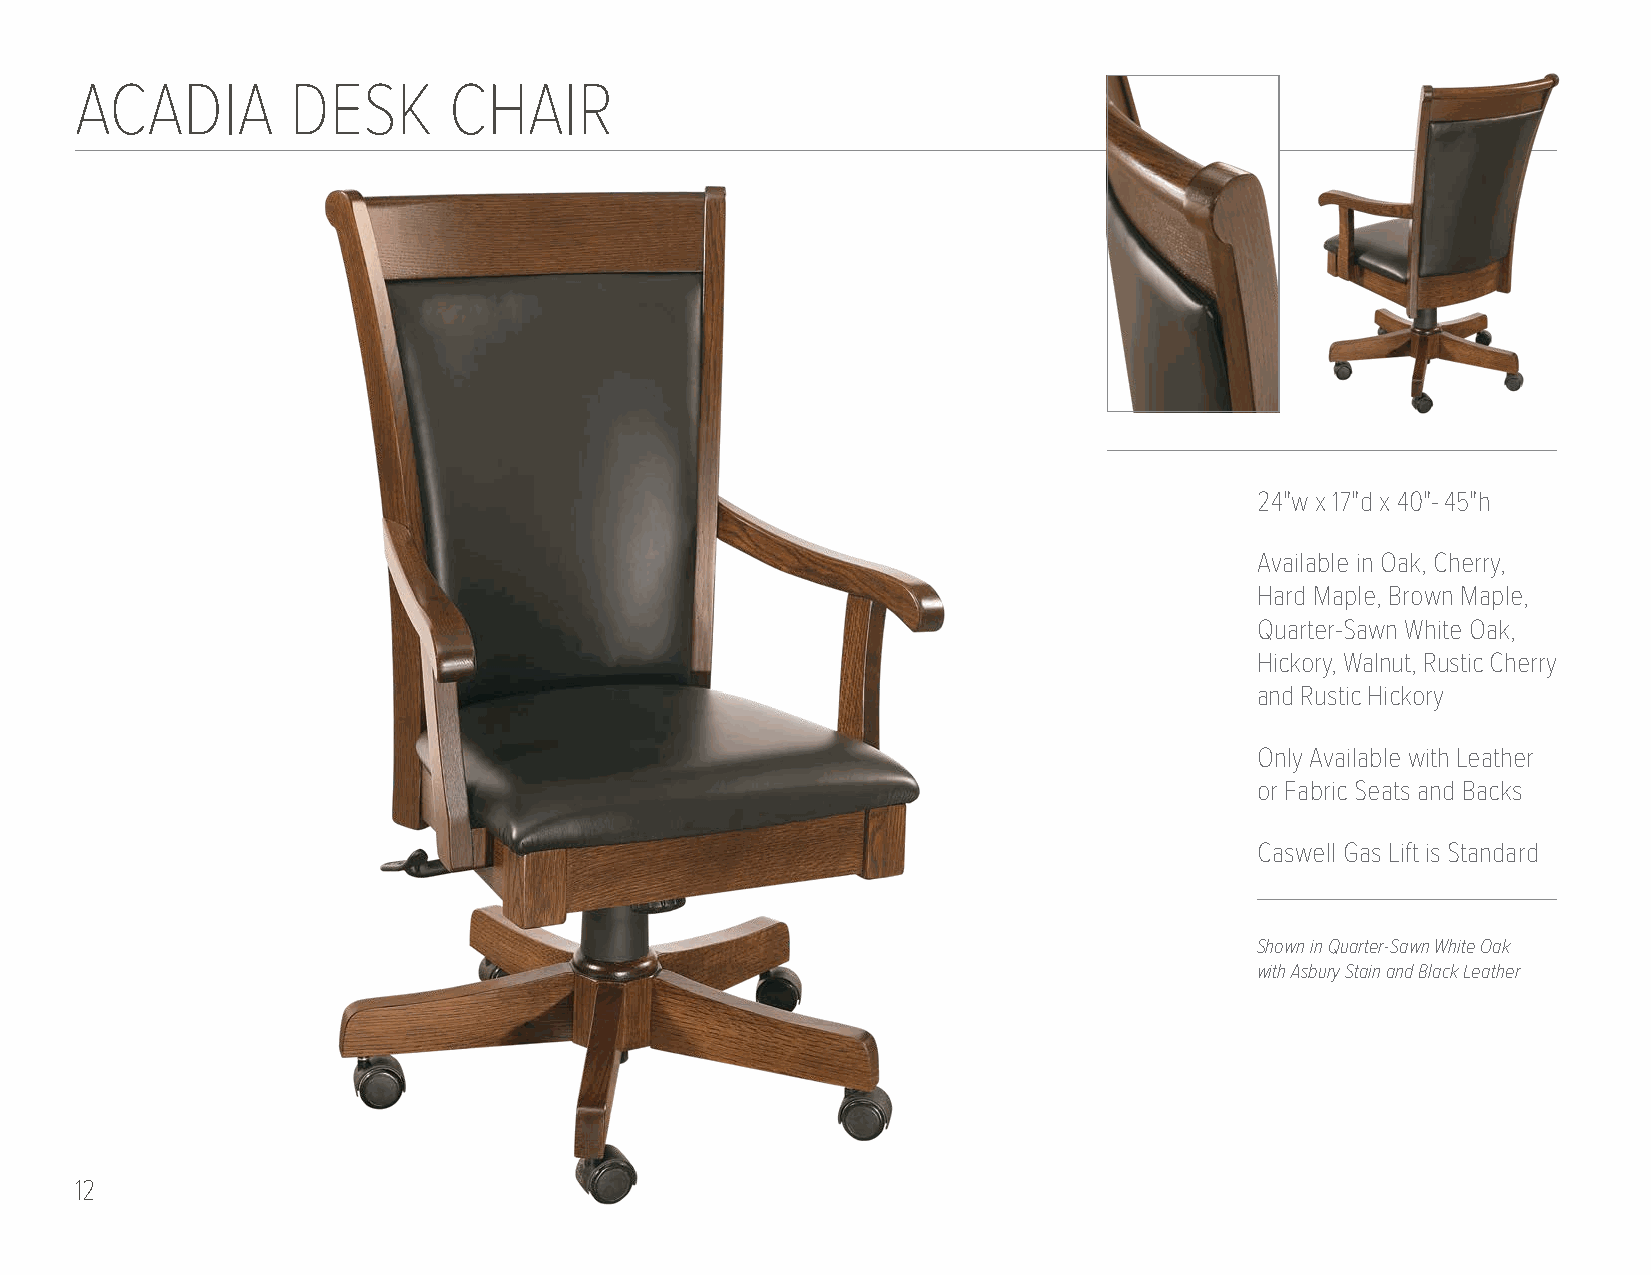
ACADIA        DESK       CHAIR
 24"w x 17"d x 40"-45"h
 Available in Oak, Cherry,
 Hard Maple, Brown Maple,
 Quarter-Sawn White Oak,
 Hickory, Walnut, Rustic Cherry
 and Rustic Hickory
 Only Available with Leather
 or Fabric Seats and Backs
 Caswell Gas Lift is Standard
 Shown in Quarter-Sawn White Oak
 with Asbury Stain and Black Leather
 12